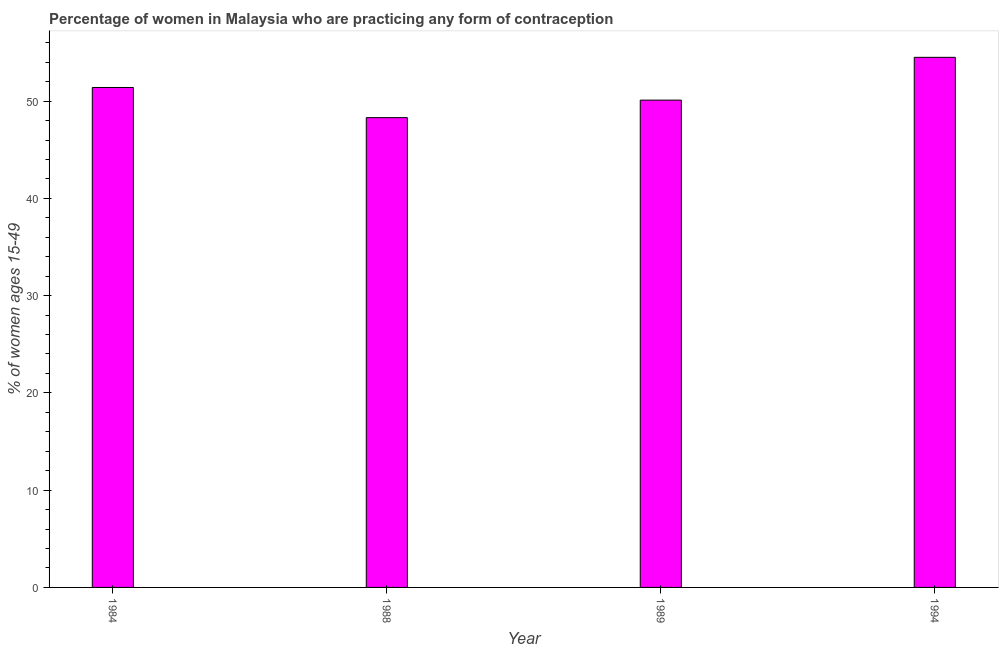
| Year | Contraceptive prevalence |
 | --- | --- |
 | 1984 | 51.4 |
 | 1988 | 48.3 |
 | 1989 | 50.1 |
 | 1994 | 54.5 |